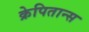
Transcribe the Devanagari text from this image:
क्रेपितान्स